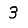
Digit: 3